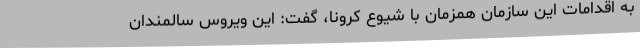
به اقدامات این سازمان همزمان با شیوع کرونا، گفت: این ویروس سالمندان